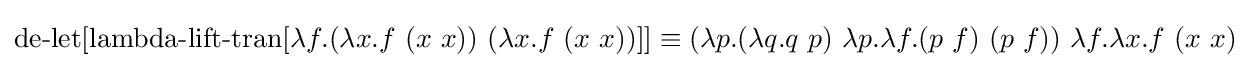
\operatorname {de-let} [\operatorname {lambda-lift-tran} [\lambda f.(\lambda x.f\ (x\ x))\ (\lambda x.f\ (x\ x))]]\equiv (\lambda p.(\lambda q.q\ p)\ \lambda p.\lambda f.(p\ f)\ (p\ f))\ \lambda f.\lambda x.f\ (x\ x)